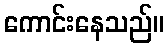
ကောင်းနေသည်။